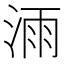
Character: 𣷌